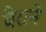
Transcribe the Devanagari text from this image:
वैराने